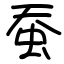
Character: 蚕